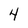
Character: 4